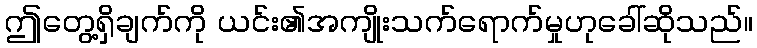
ဤတွေ့ရှိချက်ကို ယင်း၏အကျိုးသက်ရောက်မှုဟုခေါ်ဆိုသည်။